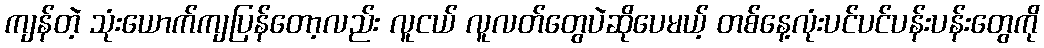
ကျန်တဲ့ သုံးယောက်ကျပြန်တော့လည်း လူငယ် လူလတ်တွေပဲဆိုပေမယ့် တစ်နေ့လုံးပင်ပင်ပန်းပန်းတွေကို